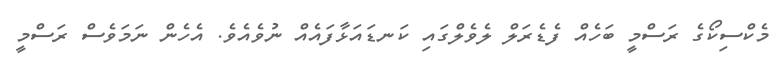
މެކްސިކޯގެ ރަސްމީ ބަހެއް ފެޑެރަލް ލެވެލްގައި ކަނޑައަޅާފައެއް ނުވެއެވެ. އެހެން ނަމަވެސް ރަސްމީ